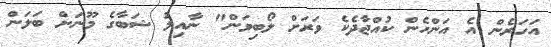
އަހަރެން އެ އަންހެން ކުއްޖާދެކެ ވަރަށް ލޯބިވަން" ނާއިލު ޝަބާގެ މޫނަށް ބަލަން